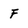
Character: F